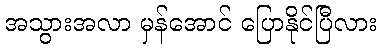
အသွားအလာ မှန်အောင် ပြောနိုင်ပြီလား